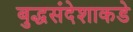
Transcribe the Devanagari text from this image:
बुद्धसंदेशाकडे